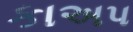
કાઅપ